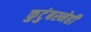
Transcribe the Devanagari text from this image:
कुटुंबस्नेही